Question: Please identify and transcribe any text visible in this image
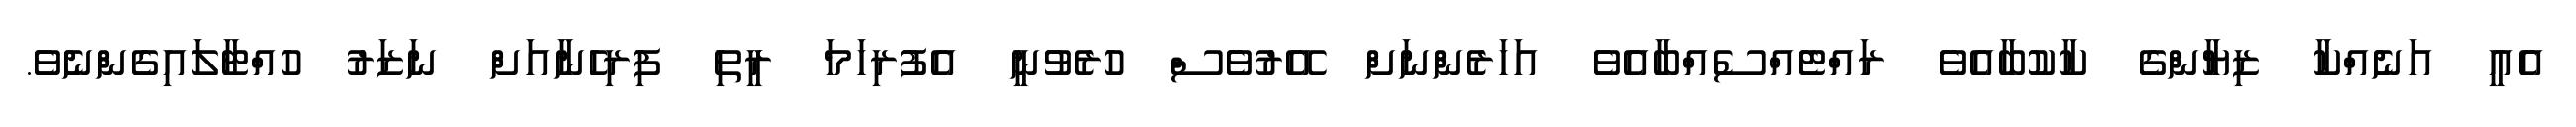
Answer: އެއީ އަނެއްކާ ޒިޔާންގެ ކާކުބާއެވެ ރައްޓެއްސެއްބާއެވެ އަހަރެންނަށް އޭރުވެސް ހުރެވުނީ އެފުރިހަމަ ރީތި ފިރިހެނާއަށް ނަޒަރު ހުއްޓާލައިގެންނެވެ.